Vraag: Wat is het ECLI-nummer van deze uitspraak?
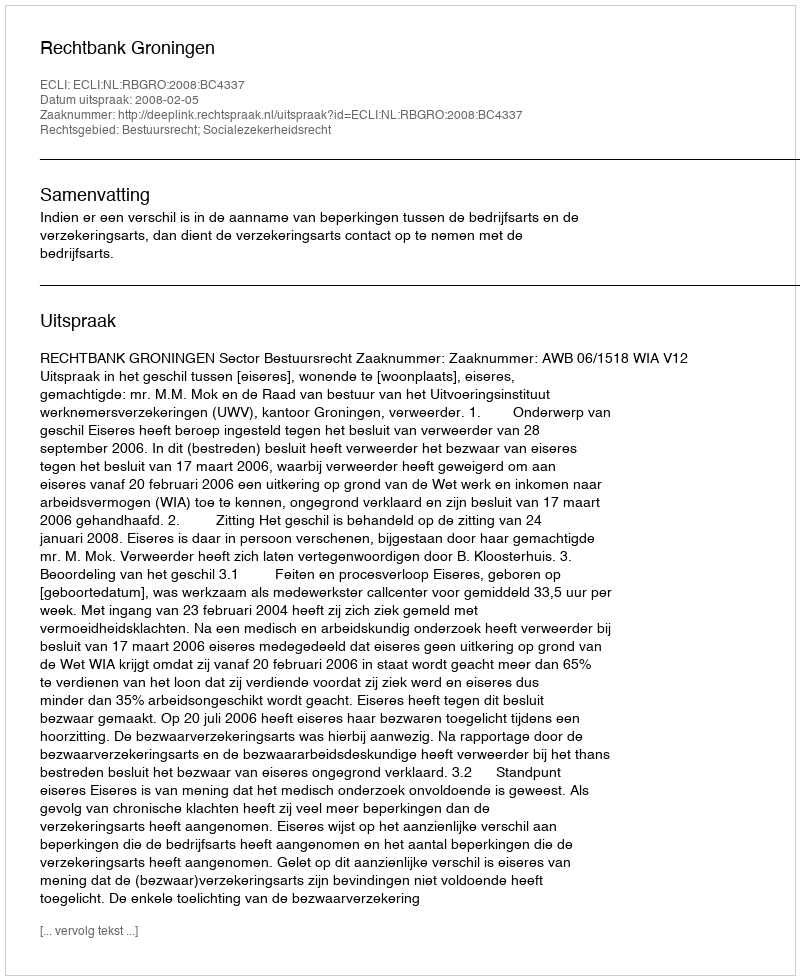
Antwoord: ECLI:NL:RBGRO:2008:BC4337